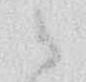
御